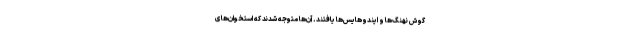
گوش نهنگ‌ها و ایندوهایس‌ها یافتند. آن‌ها متوجه شدند که استخوان‌های